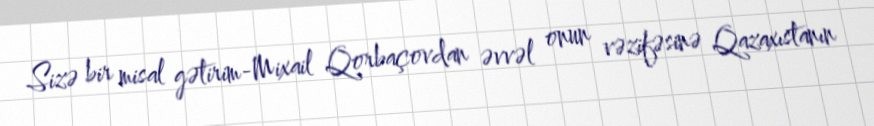
Sizə bir misal gətirim-Mixail Qorbaçovdan əvvəl onun vəzifəsinə Qazaxıstanın